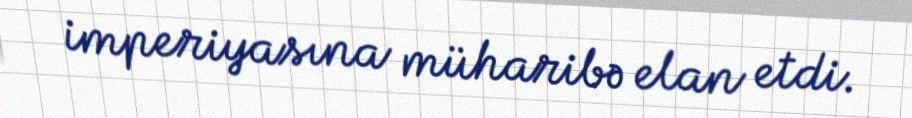
imperiyasına müharibə elan etdi.